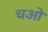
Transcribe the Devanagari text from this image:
चओ